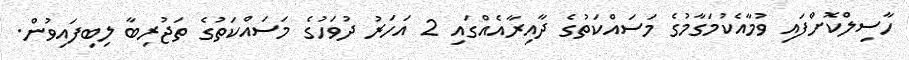
ހާސިލްކޮށްފައި ވުމާއެކުމަގާމުގެ މަސައްކަތުގެ ދާއިރާއެއްގައި 2 އަހަރު ދުވަހުގެ މަސައްކަތުގެ ތަޖުރިބާ ލިބިފައިވުން.